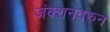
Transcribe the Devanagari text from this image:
जंक्शनवरुन